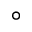
^ { \circ }